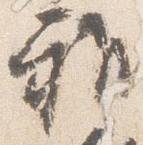
雅